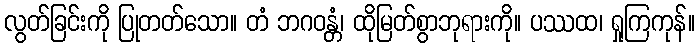
လွတ်ခြင်းကို ပြုတတ်သော။ တံ ဘဂဝန္တံ၊ ထိုမြတ်စွာဘုရားကို။ ပဿထ၊ ရှုကြကုန်။